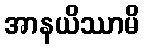
အာနယိဿာမိ